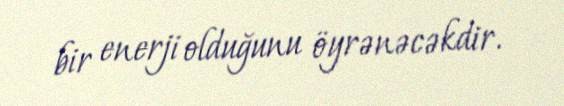
bir enerji olduğunu öyrənəcəkdir.